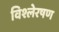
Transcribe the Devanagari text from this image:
विश्लेरषण